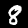
Label: 8